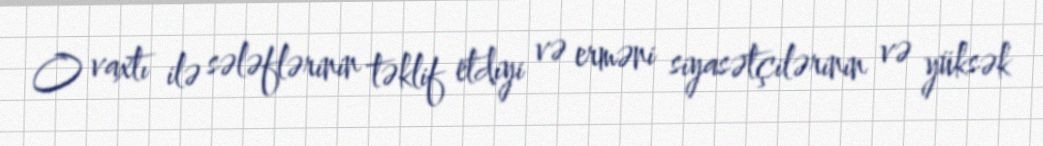
O vaxtı ilə sələflərinin təklif etdiyi və erməni siyasətçilərinin və yüksək